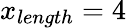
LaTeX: x_{length}=4